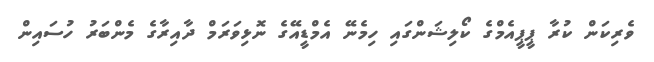
ވެރިކަން ކުރާ ޕީޕީއެމްގެ ކޯލިޝަންގައި ހިމެނޭ އެމްޑީއޭގެ ނޮޅިވަރަމް ދާއިރާގެ މެންބަރު ހުސައިން